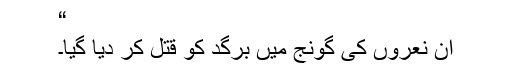
“
ان نعروں کی گونج میں برگد کو قتل کر دیا گیا۔